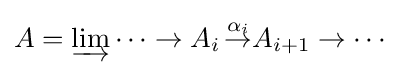
A=\varinjlim \cdots \rightarrow A_{i}\,{\stackrel {\alpha _{i}}{\rightarrow }}A_{i+1}\rightarrow \cdots